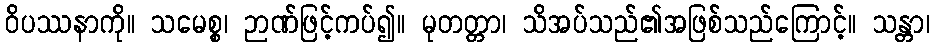
ဝိပဿနာကို။ သမေစ္စ၊ ဉာဏ်ဖြင့်ကပ်၍။ မုတတ္တာ၊ သိအပ်သည်၏အဖြစ်သည်ကြောင့်။ သန္တာ၊